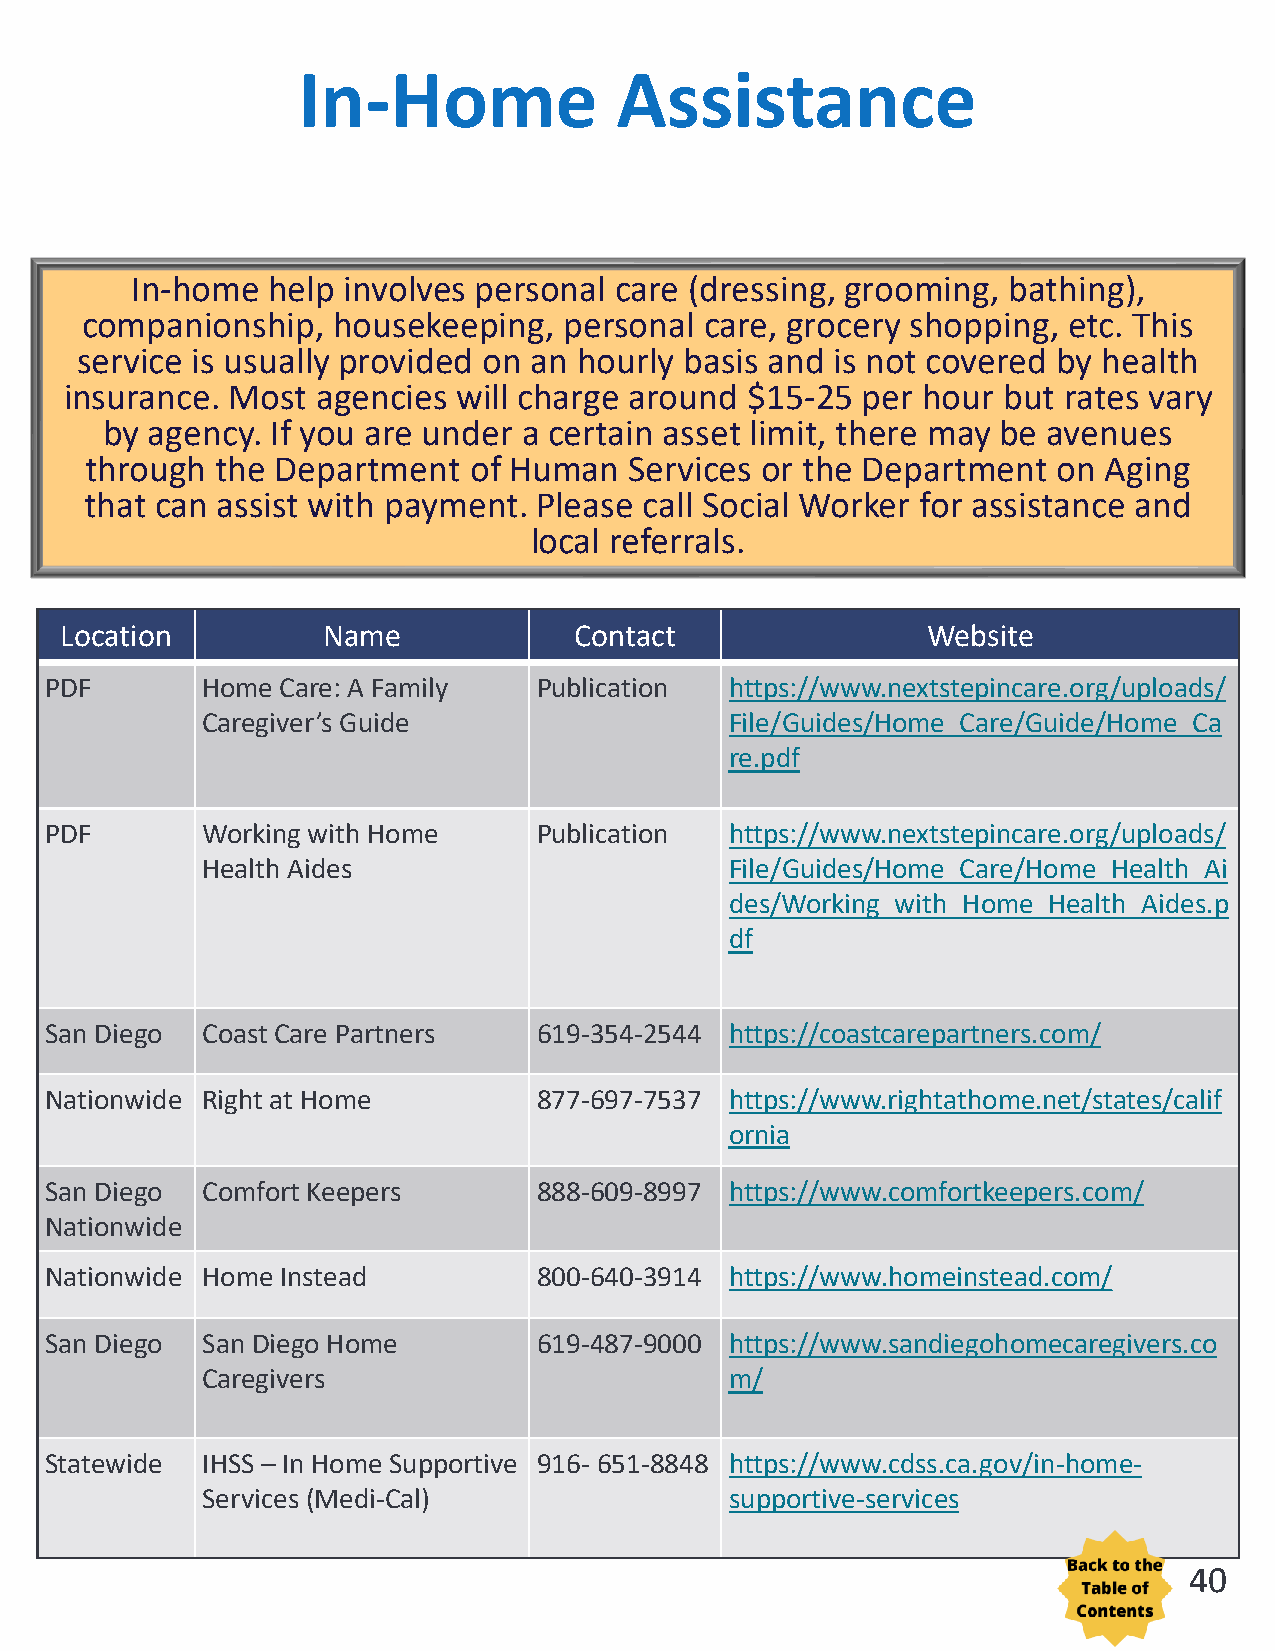
In-Home              Assistance
 In-home  help involves personal care (dressing, grooming, bathing),
 companionship,   housekeeping,  personal  care, grocery shopping, etc. This
 service is usually provided on an hourly basis and is not covered by health
 insurance. Most  agencies will charge around $15-25  per hour but rates vary
 by agency. If you are under a certain asset limit, there may be avenues
 through the Department   of Human   Services or the Department  on Aging
 that can assist with payment. Please call Social Worker for assistance and
 local referrals.
 Location         Name             Contact                Website
 PDF       Home  Care: A Family   Publication https://www.nextstepincare.org/uploads/
 Caregiver’s Guide                  File/Guides/Home_Care/Guide/Home_Ca
 re.pdf
 PDF       Working with Home      Publication https://www.nextstepincare.org/uploads/
 Health Aides                       File/Guides/Home_Care/Home_Health_Ai
 des/Working_with_Home_Health_Aides.p
 df
 San Diego Coast Care Partners    619-354-2544 https://coastcarepartners.com/
 Nationwide Right at Home         877-697-7537 https://www.rightathome.net/states/calif
 ornia
 San Diego Comfort Keepers        888-609-8997 https://www.comfortkeepers.com/
 Nationwide
 Nationwide Home Instead          800-640-3914 https://www.homeinstead.com/
 San Diego San Diego Home         619-487-9000 https://www.sandiegohomecaregivers.co
 Caregivers                         m/
 Statewide IHSS– In Home Supportive 916- 651-8848 https://www.cdss.ca.gov/in-home-
 Services (Medi-Cal)                supportive-services
 40